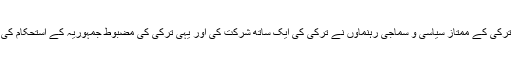
اس موقع پر ترکی کے ممتاز سیاسی و سماجی رہنماوں نے ترکی کی ایک ساتھ شرکت کی اور یہی ترکی کی مضبوط جمہوریہ کے استحکام کی علامت ہے۔